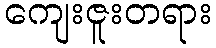
ကျေးဇူးတရား